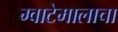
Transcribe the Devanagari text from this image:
ग्वाटेमालाचा